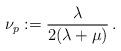
LaTeX: \begin{align*}\nu_p: =\frac{\lambda}{2(\lambda+\mu)}\,.\end{align*}